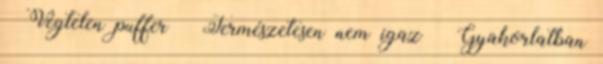
● Végtelen puffer – Természetesen nem igaz – Gyakorlatban